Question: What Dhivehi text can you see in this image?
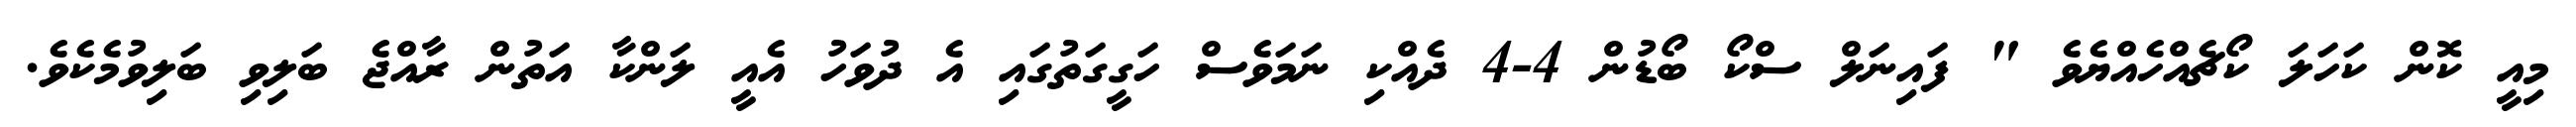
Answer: މިއީ ކޮން ކަހަލަ ކޯޗެއްހެއްޔެވެ " ފައިނަލް ސްކޯ ބޯޑުން 4-4 ދެއްކި ނަމަވެސް ހަގީގަތުގައި އެ ދުވަހު އެއީ ލަންކާ އަތުން ރާއްޖެ ބަލިވި ބަލިވުމެކެވެ.